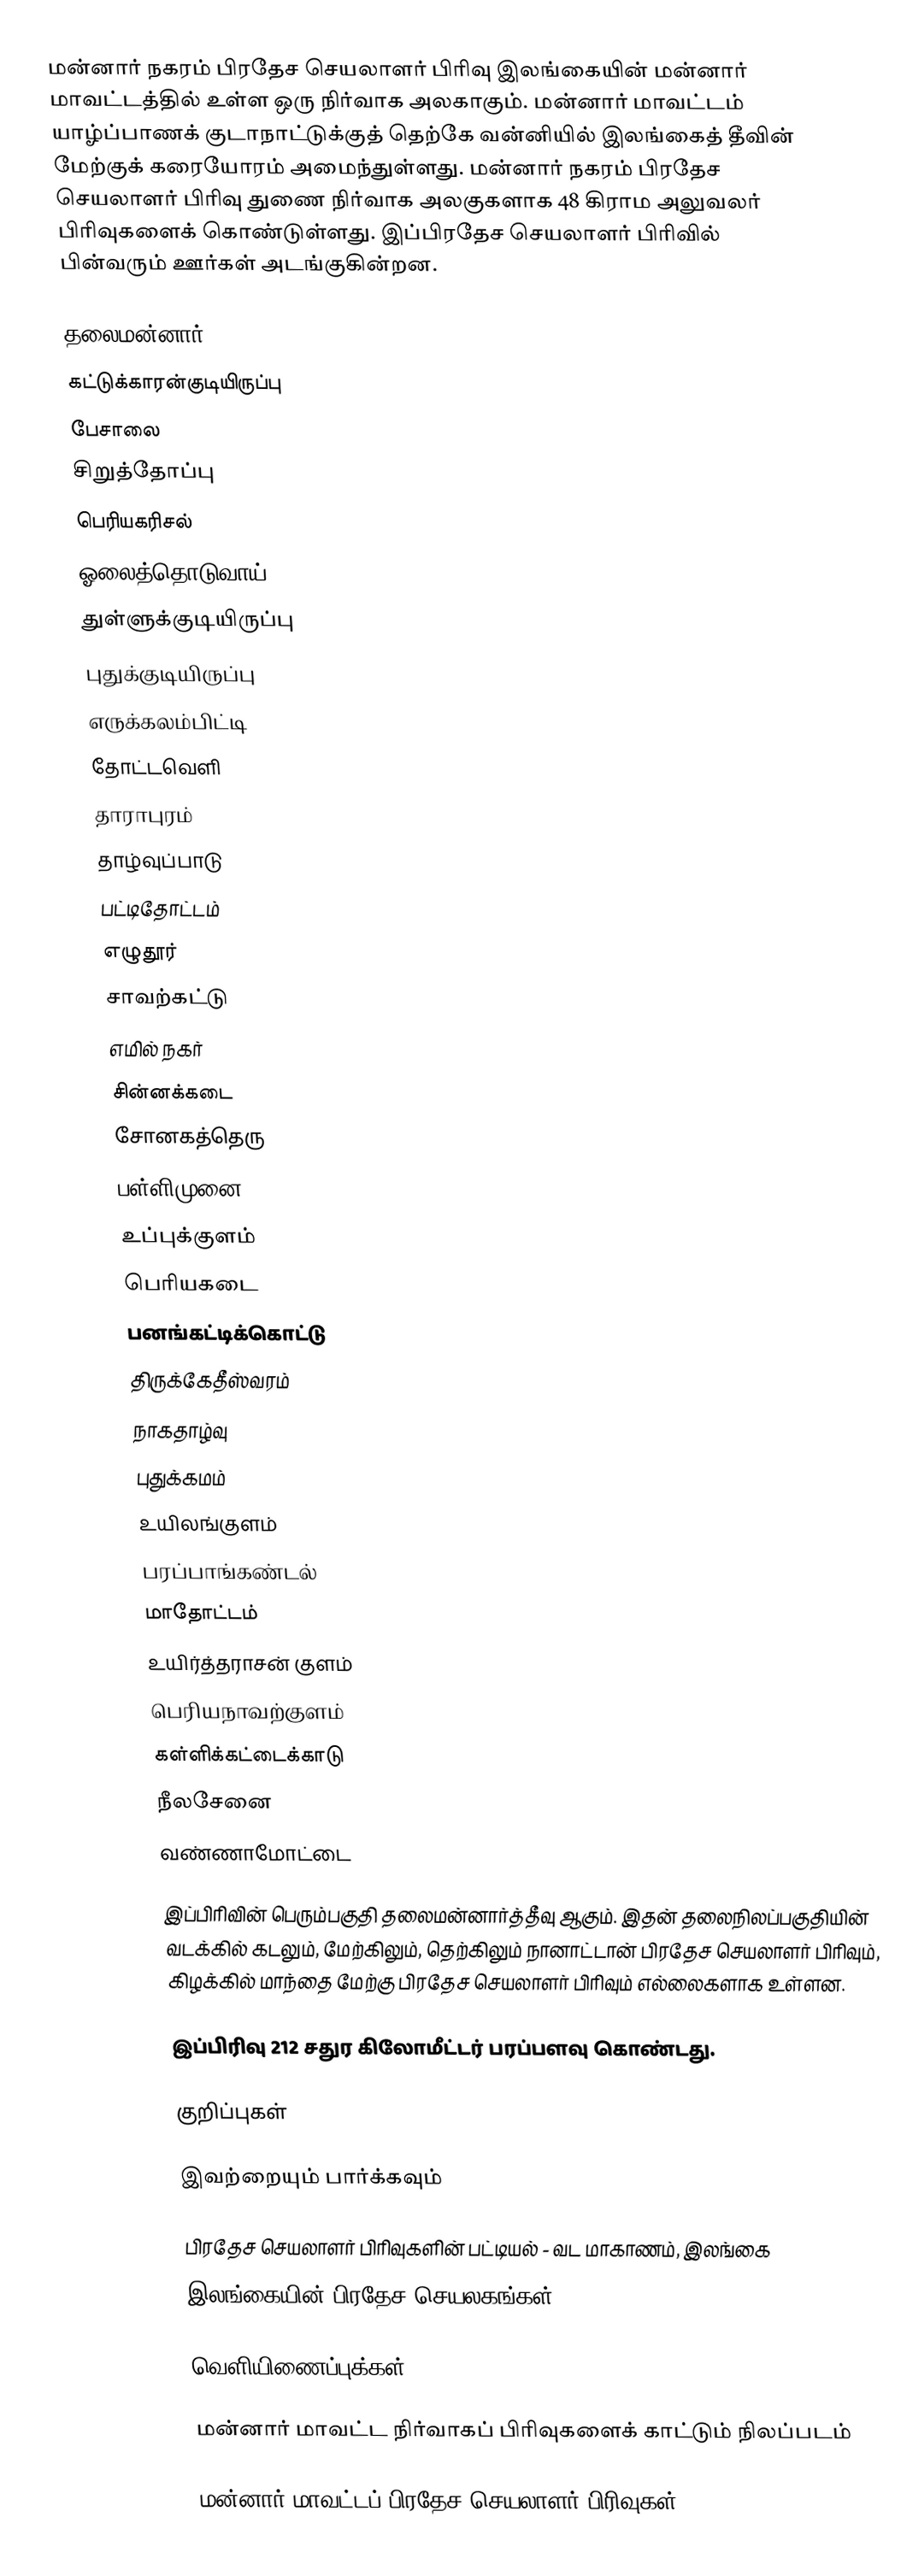
மன்னார் நகரம் பிரதேச செயலாளர் பிரிவு இலங்கையின் மன்னார் மாவட்டத்தில் உள்ள ஒரு நிர்வாக அலகாகும். மன்னார் மாவட்டம் யாழ்ப்பாணக் குடாநாட்டுக்குத் தெற்கே வன்னியில் இலங்கைத் தீவின் மேற்குக் கரையோரம் அமைந்துள்ளது. மன்னார் நகரம் பிரதேச செயலாளர் பிரிவு துணை நிர்வாக அலகுகளாக 48 கிராம அலுவலர் பிரிவுகளைக் கொண்டுள்ளது. இப்பிரதேச செயலாளர் பிரிவில் பின்வரும் ஊர்கள் அடங்குகின்றன.

 தலைமன்னார்
 கட்டுக்காரன்குடியிருப்பு
 பேசாலை
 சிறுத்தோப்பு
 பெரியகரிசல்
 ஓலைத்தொடுவாய்
 துள்ளுக்குடியிருப்பு
 புதுக்குடியிருப்பு
 எருக்கலம்பிட்டி
 தோட்டவெளி
 தாராபுரம்
 தாழ்வுப்பாடு
 பட்டிதோட்டம்
 எழுதூர்
 சாவற்கட்டு
 எமில் நகர்
 சின்னக்கடை
 சோனகத்தெரு
 பள்ளிமுனை
 உப்புக்குளம்
 பெரியகடை
 பனங்கட்டிக்கொட்டு
 திருக்கேதீஸ்வரம்
 நாகதாழ்வு
 புதுக்கமம்
 உயிலங்குளம்
 பரப்பாங்கண்டல்
 மாதோட்டம்
 உயிர்த்தராசன் குளம்
 பெரியநாவற்குளம்
 கள்ளிக்கட்டைக்காடு
 நீலசேனை
 வண்ணாமோட்டை

இப்பிரிவின் பெரும்பகுதி தலைமன்னார்த்தீவு ஆகும். இதன் தலைநிலப்பகுதியின் வடக்கில் கடலும், மேற்கிலும், தெற்கிலும் நானாட்டான் பிரதேச செயலாளர் பிரிவும், கிழக்கில் மாந்தை மேற்கு பிரதேச செயலாளர் பிரிவும் எல்லைகளாக உள்ளன.

இப்பிரிவு 212 சதுர கிலோமீட்டர் பரப்பளவு கொண்டது.

குறிப்புகள்

இவற்றையும் பார்க்கவும்

 பிரதேச செயலாளர் பிரிவுகளின் பட்டியல் - வட மாகாணம், இலங்கை
 இலங்கையின் பிரதேச செயலகங்கள்

வெளியிணைப்புக்கள்

 மன்னார் மாவட்ட நிர்வாகப் பிரிவுகளைக் காட்டும் நிலப்படம்

மன்னார் மாவட்டப் பிரதேச செயலாளர் பிரிவுகள்